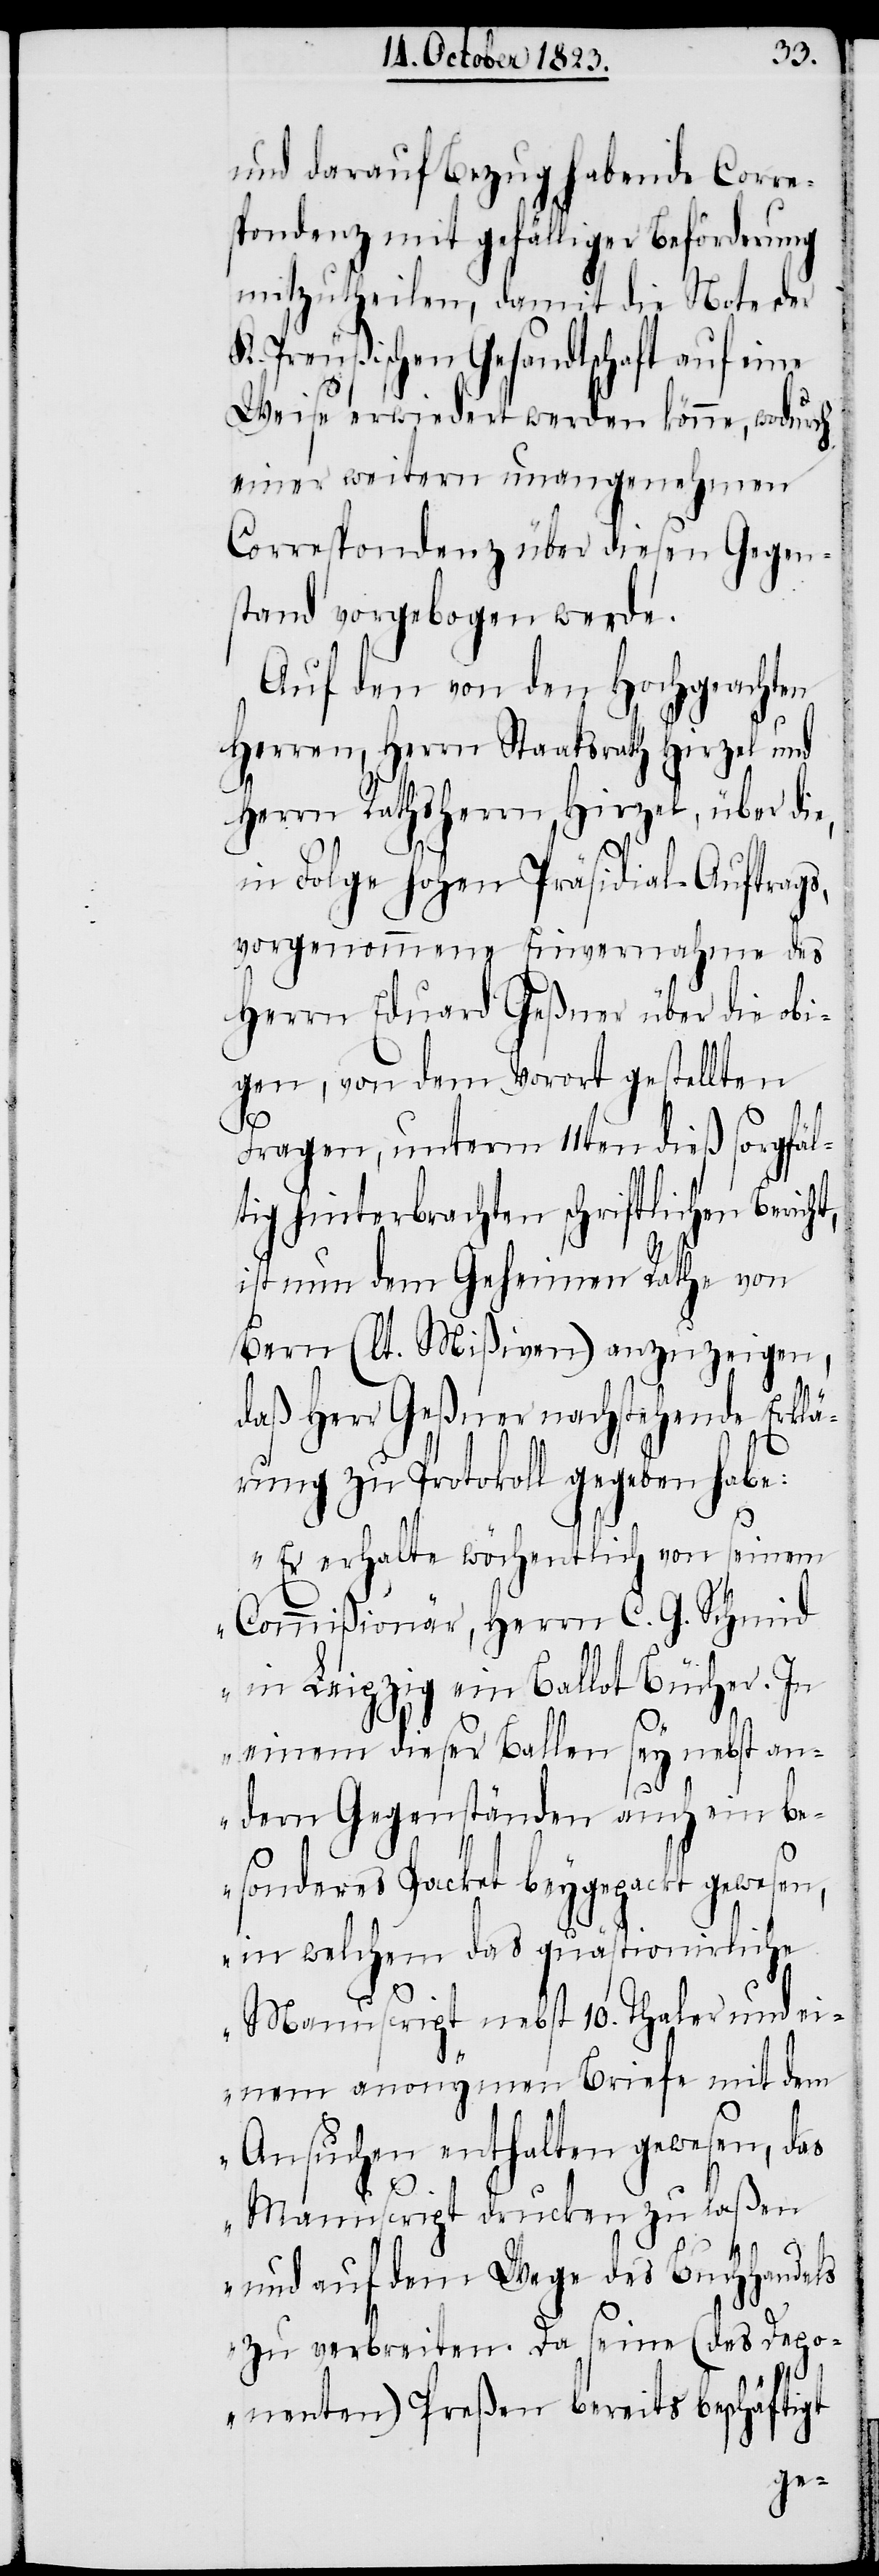
und darauf Bezug habende Corre¬
spondenz mit gefälliger Beförderung
mitzutheilen, damit die Note der
K. Preußischen Gesandtschaft auf eine
Weise erwiedert werden könne, wodurch
einer weitern unangenehmen
Correspondenz über diesen Gegen¬
stand vorgebogen werde.
Auf den von den Hochgeachten
Herren, Herrn Staatsrath Hirzel und
Herrn Rathsherrn Hirzel, über die,
in Folge hohen Präsidial-Auftrags,
vorgenommene Einvernahme des
Herrn Eduard Geßner über die obi¬
gen, von dem Vorort gestellten
Fragen, unterm 11ten dieß sorgfäl¬
tig hinterbrachten schriftlichen Bericht,
ist nun dem Geheimen Rathe von
Bern (lt. Mißiven) anzuzeigen,
daß Herr Geßner nachstehende Erklä¬
rung zu Protokoll gegeben habe:
„Er erhalte wöchentlich von seinem
Commißionär, Herrn C. G. Schmid
in Leipzig ein Ballot Bücher. In
einem dieser Ballen sey nebst an¬
dern Gegenständen auch ein be¬
sonderes Packet beygepackt gewesen,
in welchem das quästionirliche
Manuscript nebst 10. Thaler und ei¬
nem anonymen Briefe mit dem
Ansuchen enthalten gewesen, das
Manuscript drucken zu laßen
und auf dem Wege des Buchhandels
zu verbreiten. Da seine (des Depo¬
nenten) Preßen bereits beschäftigt